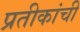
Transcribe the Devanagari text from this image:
प्रतीकांची